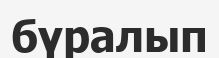
бүралып